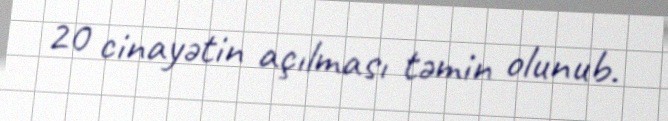
20 cinayətin açılması təmin olunub.